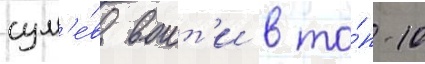
сум'е́в воит'и в то́п-10